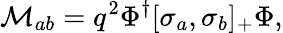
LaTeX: {\cal M}_{ab}=q^{2}\Phi^{\dagger}[\sigma_{a},\sigma_{b}]_{+}\Phi,